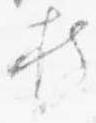
持